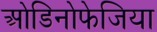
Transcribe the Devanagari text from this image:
ओडिनोफेजिया